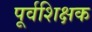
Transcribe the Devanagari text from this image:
पूर्वशिक्षक